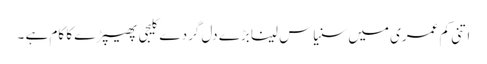
اتنی کم عمری میں سنیاس لینا بڑے دل گردے کلیجی پھیپڑے کا کام ہے ۔